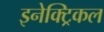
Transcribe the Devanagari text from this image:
इनेक्‍ट्रिकल